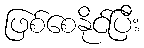
ဖြစ်စေနိုင်ပြီး